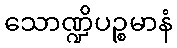
သောဏ္ဍိပဉ္စမာနံ